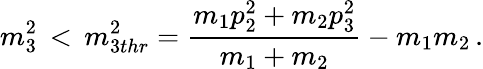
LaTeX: m_{3}^{2}\, <\, m_{3thr}^{2}=\frac{m_{1}p_{2}^{2}+m_{2}p_{3}^{2}}{m_{1}+m_{2}}-m_{1}m_{2}\, .